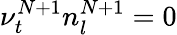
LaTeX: \nu_{t}^{N+1}n_{l}^{N+1}=0